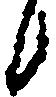
候